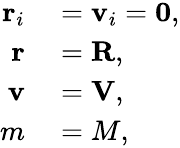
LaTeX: \begin{array}{rl}{\mathbf{r}_{i}}&{{}=\mathbf{v}_{i}=\mathbf{0},}\\ {\mathbf{r}}&{{}=\mathbf{R},}\\ {\mathbf{v}}&{{}=\mathbf{V},}\\ {m}&{{}=M,}\end{array}